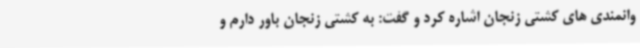
وانمندی های کشتی زنجان اشاره کرد و گفت: به کشتی زنجان باور دارم و